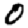
Digit: 0